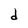
Character: d